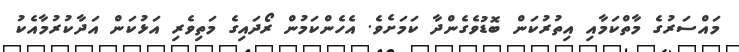
މައްސަރުގެ މާތްކަމާއި އިތުރުކަން ބޮޑުވެގެންދާ ކަމަށެވެ. އެހެންކަމުން ރޯދައިގެ މަތިވެރި އަޅުކަން އަދާކުރުމާއެކު